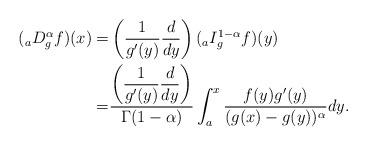
LaTeX: \begin{align*} ({}_aD_g^{\alpha} f) (x) = &\left(\frac{1}{g'(y) } \frac{d}{dy} \right) ( {}_{a}I_g^{1-\alpha} f )(y) \\= &\frac{\left(\displaystyle\frac{1}{g'(y)} \displaystyle\frac{d}{dy} \right)}{\Gamma (1-\alpha) } \int_a^x \frac{ f(y) g'(y) }{(g(x)- g(y))^{\alpha}}dy.\end{align*}